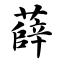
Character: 薛